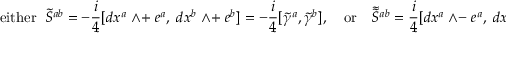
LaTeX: \mathrm { e i t h e r } \; \; \tilde { { \cal S } } ^ { a b } = - \frac { i } { 4 } [ d x ^ { a } \; \wedge + \; e ^ { a } , \; d x ^ { b } \; \wedge + \; e ^ { b } ] = - \frac { i } { 4 } [ \tilde { \gamma } ^ { a } , \tilde { \gamma } ^ { b } ] , \quad \mathrm { o r } \quad \tilde { \tilde { \cal S } } { } ^ { a b } = \frac { i } { 4 } [ d x ^ { a } \; \wedge - \; e ^ { a } , \; d x ^ { b } \; \wedge - \; e ^ { b } ] .